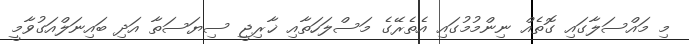
މި މައްސަލާގައި ގޮތެއް ނިންމުމުގައި އެތެރޭގެ މަސްލަހަތާއި ޚާރިޖީ ސިޔަސަތާ އަދި ބައިނަލްއަގުވާމީ